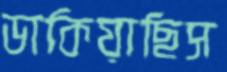
ডাকিয়াছিস